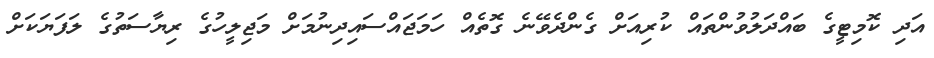
އަދި ކޮމިޓީގެ ބައްދަލުވުންތައް ކުރިއަށް ގެންދެވޭނެ ގޮތެއް ހަމަޖައްސައިދިނުމަށް މަޖިލީހުގެ ރިޔާސަތުގެ ލަފަޔަކަށް